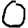
Digit: 0